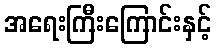
အရေးကြီးကြောင်းနှင့်